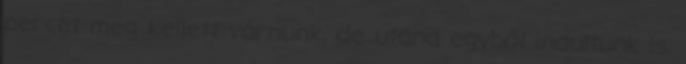
percet meg kellett várnunk, de utána egyből indultunk is.